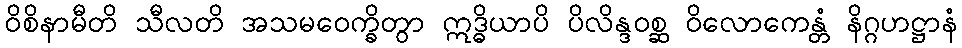
ဝိစိနာမီတိ သီလတိ အသမဝေက္ခိတွာ ဣဒ္ဓိယာပိ ပိလိန္ဒဝစ္ဆ ဝိလောကေန္တံ နိဂ္ဂဟဋ္ဌာနံ